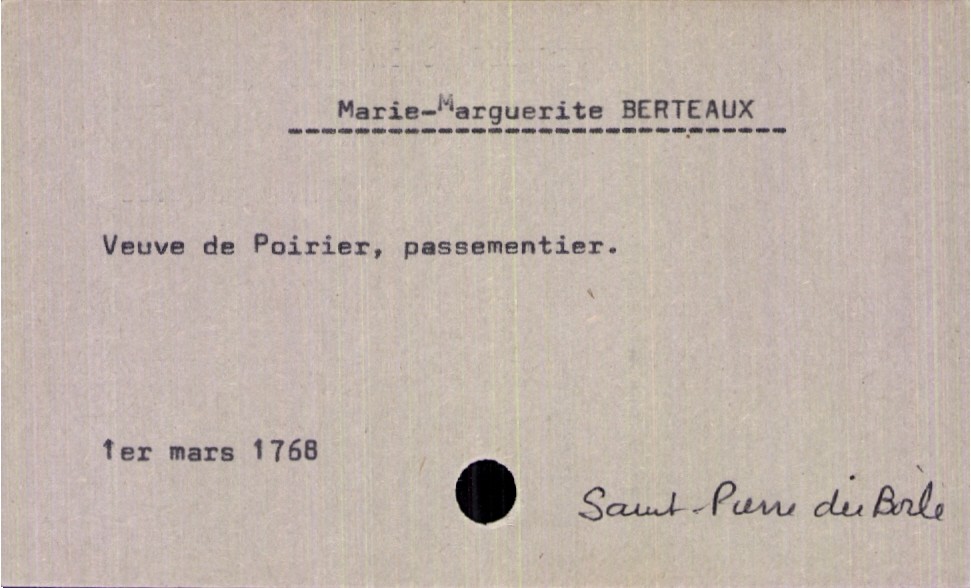
type_acte: Décès
année: 1768
mois: mars
jour: 1er
paroisse: Saint Pierre du Boile
défunt_nom: Berteaux
défunt_prénom: Marie-Marguerite
défunt_sexe: F
défunt_statut: veuf(ve)